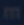
transcription